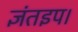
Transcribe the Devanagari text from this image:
ज्ञंतइप।